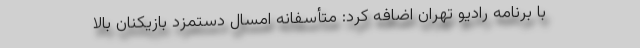
با برنامه رادیو تهران اضافه کرد: متأسفانه امسال دستمزد بازیکنان بالا